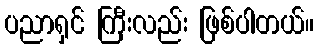
ပညာရှင် ကြီးလည်း ဖြစ်ပါတယ်။